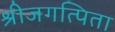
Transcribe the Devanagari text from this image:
श्रीजगत्पिता